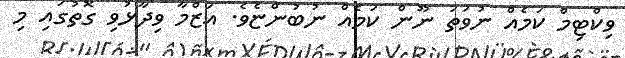
ވިކްޓިމް ކަމެއް ނުވަތަ ނޫން ކަމެއް ނުބުންޏެވެ. އަޒްމާ ވިދާޅުވި ގޮތުގައި މި